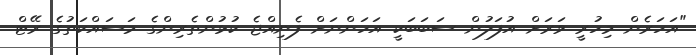
"އަހަރެން މިހުރީ ވަރަށް އުފަލުން ސަބަބަކީ އަހަންނަށް ފެނިއްޖެ ކުޅުންތެރިންގެ މަސައްކަތުގެ ރޭޓް